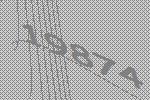
19874